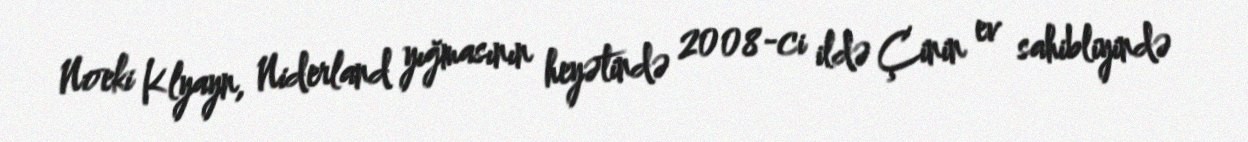
Noeki Klyayn, Niderland yığmasının heyətində 2008-ci ildə Çinin ev sahibliyində